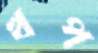
খপ